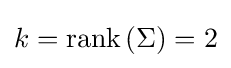
k=\operatorname {rank} \left(\Sigma \right)=2